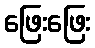
ဖြေးဖြေး